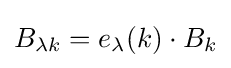
B_{\lambda k}=e_{\lambda }(k)\cdot B_{k}